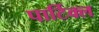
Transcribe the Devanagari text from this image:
पार्टिक्ल